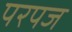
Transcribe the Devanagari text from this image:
परपज